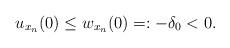
LaTeX: \begin{align*}u_{x_n}(0)\leq w_{x_n}(0)=: -\delta_0<0.\end{align*}